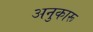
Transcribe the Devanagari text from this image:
अनुकारू